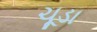
ચૂડા